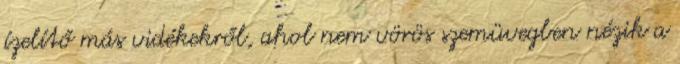
ízelítő más vidékekről, ahol nem vörös szemüvegben nézik a